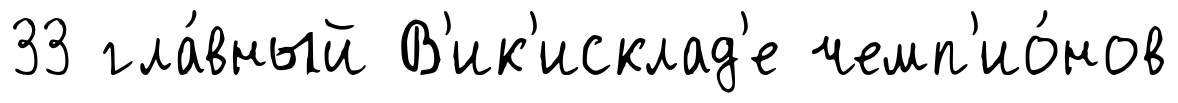
33 гла́вный В'ик'исклад'е чемп'ио́нов